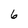
Character: 6